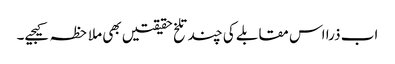
اب ذرا اس مقابلے کی چند تلخ حقیقتیں بھی ملاحظہ کیجیے۔